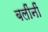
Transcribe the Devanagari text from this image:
बलींनीं